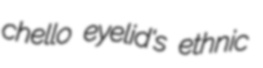
chello eyelid's ethnic